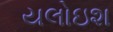
યલોઇશ